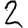
Digit: 2